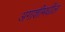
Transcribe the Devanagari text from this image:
अगाशीमधील